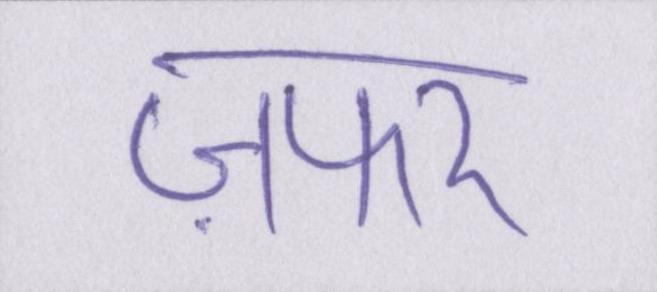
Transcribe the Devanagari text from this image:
ज़फर